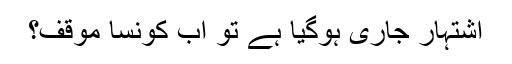
اشتہار جاری ہوگیا ہے تو اب کونسا موقف؟